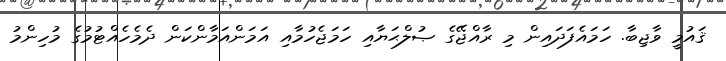
ޤައުމީ ވާޖިބާ. ހަމައެފަދައިން މި ރާއްޖޭގެ ޞުލްޙަޔާއި ހަމަޖެހުމާއި އަމަންއަމާންކަން ދެމެހެއްޓުމުގެ މުހިންމު